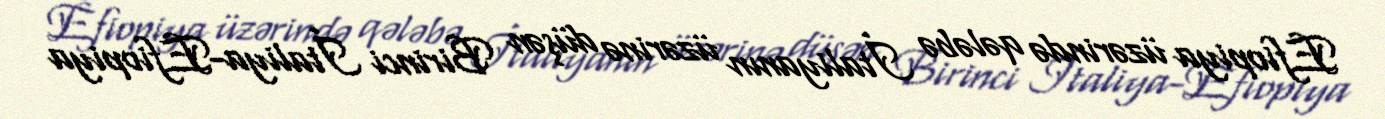
Efiopiya üzərində qələbə İtaliyanın üzərinə düşən Birinci İtaliya-Efiopiya